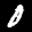
Label: 0